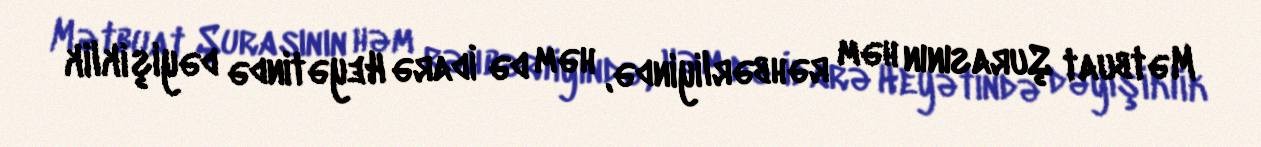
Mətbuat Şurasının həm rəhbərliyində, həm də İdarə Heyətində dəyişiklik